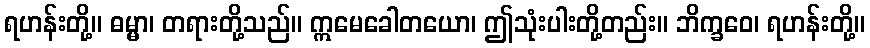
ရဟန်းတို့။ ဓမ္မာ၊ တရားတို့သည်။ ဣမေခေါတယော၊ ဤသုံးပါးတို့တည်း။ ဘိက္ခဝေ၊ ရဟန်းတို့။